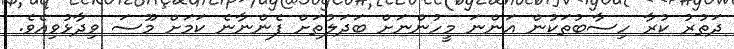
ދަތުރު ކުރާ ހިސާބުތަކުން އަންނަ މީހުންނަށް ބަދަލުތަށް ފެންނާނެ ކަމަށް މޫސަ ވިދާޅުވިއެވެ.